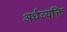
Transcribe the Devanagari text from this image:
अर्धव्यक्ति